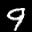
Label: 9